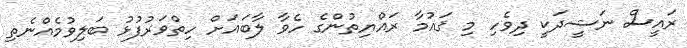
ރައީސް ނަޝީދަކީ ދިވެހި މި ޤަޢުމާ ރައްޔިތުންގެ ހެވާ ލާބައަށް ހިތްވަރުފުޅު ބަލިވުމެއްނެތި